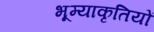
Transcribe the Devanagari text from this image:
भूम्याकृतियों